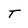
Character: T